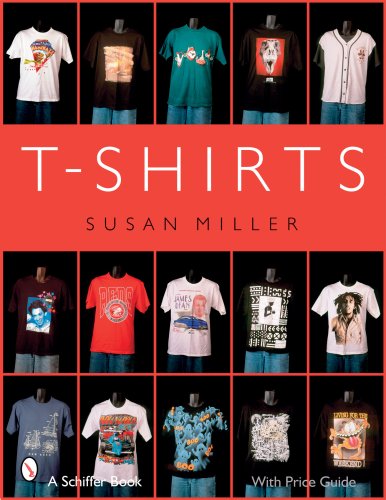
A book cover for T-Shirts (Schiffer Book); Susan Miller; Humor & Entertainment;